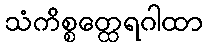
သံကိစ္စတ္ထေရဂါထာ